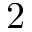
2